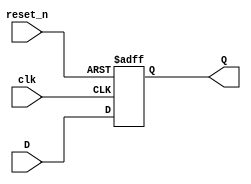
`timescale 1ns / 1ps
//////////////////////////////////////////////////////////////////////////////////
// Company: 
// Engineer: 
// 
// Design Name: 
// Module Name: PIPO
// Project Name: 
// Target Devices: 
// Tool Versions: 
// Description: 
// 
// Dependencies: 
// 
// Revision:
// Revision 0.01 - File Created
// Additional Comments:
// 
//////////////////////////////////////////////////////////////////////////////////


module PIPO(
input clk,
input reset_n,
input [3:0] D,
output reg [3:0] Q
    );
    
  /*  genvar i;
    generate
    for(i=0; i<4; i=i+1)
    begin
    D_FF DU( clk,reset_n,D[i],Q[i]);
    end
    endgenerate*/
     always @ (posedge clk, negedge reset_n)
 begin
 if(!reset_n)
 Q <= 'b0;
 else
 Q <= D;
 end
endmodule